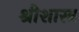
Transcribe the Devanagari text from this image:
श्रीशास्त्र